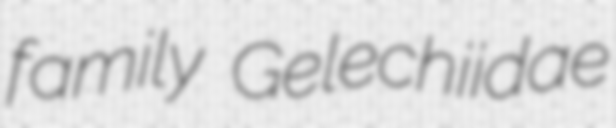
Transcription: family Gelechiidae